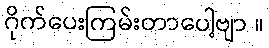
ဂိုက်ပေးကြမ်းတာပေါ့ဗျာ ။